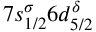
7 s _ { 1 / 2 } ^ { \sigma } 6 d _ { 5 / 2 } ^ { \delta }